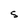
Character: s